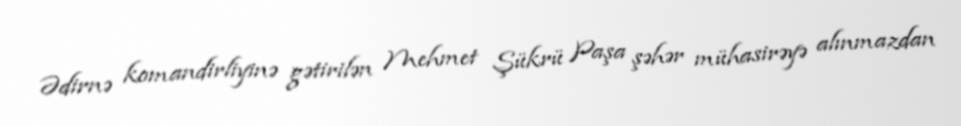
Ədirnə komandirliyinə gətirilən Mehmet Şükrü Paşa şəhər mühasirəyə alınmazdan